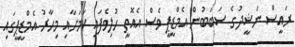
ރައީސް ނަޝީދުގެ ސަބަބުން އެމްޑީޕީ ވެސް އެއޮތީ ހުލިވެފައި ކަމަށާއި މިހާރު އެމްޑީޕީގައި